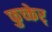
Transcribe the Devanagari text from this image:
फुच्केर्